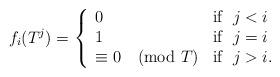
LaTeX: \begin{align*}f_{i}(T^j) = \left \{ \begin{array}{ll}0 & \mbox{if}~~ j<i \\1 & \mbox{if}~~ j=i \\\equiv 0 \pmod{T} & \mbox{if}~~ j>i.\end{array} \right.\end{align*}